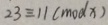
2 3 \equiv 1 1 ( m o d x )